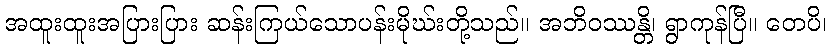
အထူးထူးအပြားပြား ဆန်းကြယ်သောပန်းမိုဃ်းတို့သည်။ အဘိဝဿန္တိ၊ ရွာကုန်ပြီ။ တေပိ၊